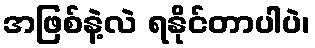
အဖြစ်နဲ့လဲ ရနိုင်တာပါပဲ၊